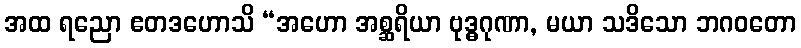
အထ ရညော ဧတဒဟောသိ “အဟော အစ္ဆရိယာ ဗုဒ္ဓဂုဏာ, မယာ သဒိသော ဘဂဝတော